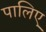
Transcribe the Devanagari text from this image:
पालिए